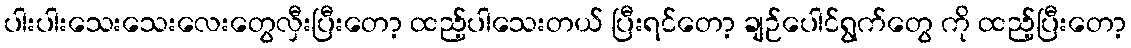
ပါးပါးသေးသေးလေးတွေလှီးပြီးတော့ ထည့်ပါသေးတယ် ပြီးရင်တော့ ချဉ်ပေါင်ရွက်တွေ ကို ထည့်ပြီးတော့